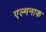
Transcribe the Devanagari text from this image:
एल्मनाक